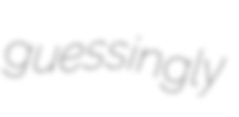
guessingly